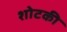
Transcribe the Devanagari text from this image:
शोटकी